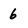
Character: 6